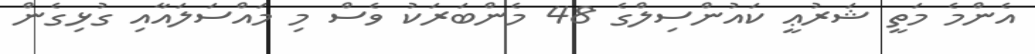
އެންމެ މަތީ ޝަރުޢީ ކައުންސިލްގެ 48 މެންބަރަކު ވެސް މި މައްސަލައާއި ގުޅިގެން